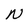
Character: N